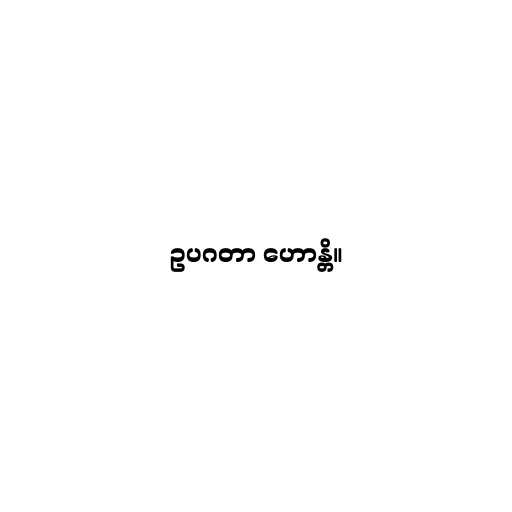
ဥပဂတာ ဟောန္တိ။